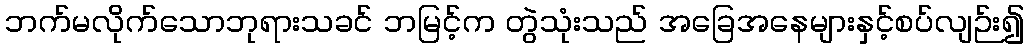
ဘက်မလိုက်သောဘုရားသခင် ဘမြင့်က တွဲသုံးသည် အခြေအနေများနှင့်စပ်လျဉ်း၍